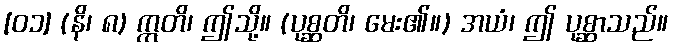
[၀၁] (နိ၊ ၈) ဣတိ၊ ဤသို့။ (ပုစ္ဆတိ၊ မေး၏။) အယံ၊ ဤ ပုစ္ဆာသည်။